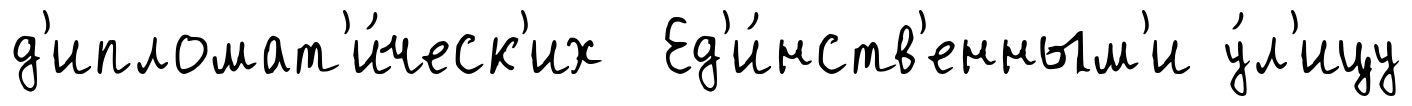
д'ипломат'и́ческ'их Ед'и́нств'енным'и у́л'ицу